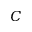
C